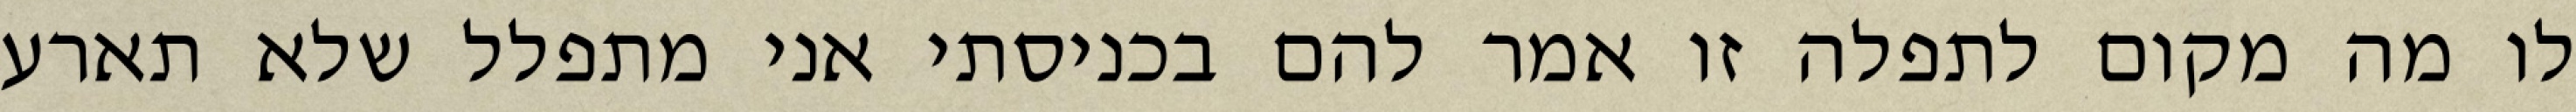
לו מה מקום לתפלה זו אמר להם בכניסתי אני מתפלל שלא תארע